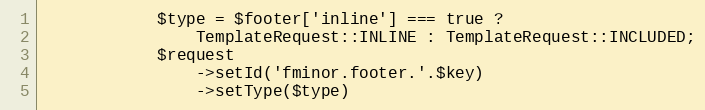
Language: PHP
            $type = $footer['inline'] === true ?
                TemplateRequest::INLINE : TemplateRequest::INCLUDED;
            $request
                ->setId('fminor.footer.'.$key)
                ->setType($type)